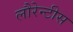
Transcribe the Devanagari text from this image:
लौरेन्टीस